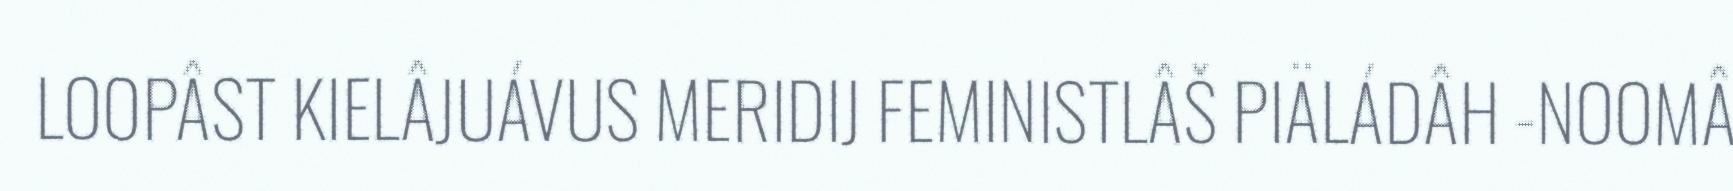
LOOPÂST KIELÂJUÁVUS MERIDIJ FEMINISTLÂŠ PIÄLÁDÂH -NOOMÂ